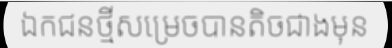
ឯកជនថ្មីសម្រេចបានតិចជាងមុន